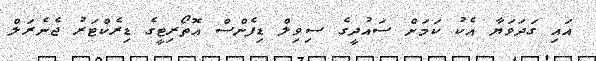
އައި ގަދަވަޔާ އެކު ކަމަށް ސައުދީގެ ސިވިލް ޑިފެންސް އޮތޯރިޓީގެ ޑިރެކްޓަރު ޖެނެރަލް